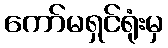
ကော်မရှင်ရုံးမှ